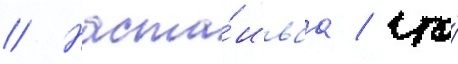
// Наста́иваа / что́